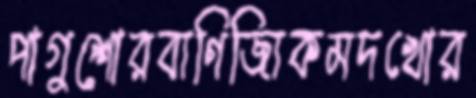
পাগুশোরব্যণিজ্যিকমদখোর